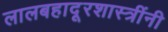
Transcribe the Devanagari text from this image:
लालबहादूरशास्त्रींनी